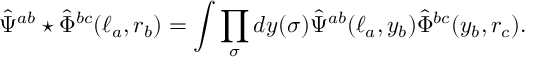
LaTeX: \hat { \Psi } ^ { a b } \star \hat { \Phi } ^ { b c } ( \ell _ { a } , r _ { b } ) = \int \prod _ { \sigma } d y ( \sigma ) \hat { \Psi } ^ { a b } ( \ell _ { a } , y _ { b } ) \hat { \Phi } ^ { b c } ( y _ { b } , r _ { c } ) .